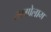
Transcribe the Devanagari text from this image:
लागोलाग